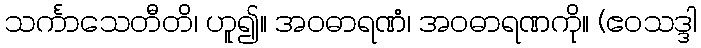
သင်္ကာသေတီတိ၊ ဟူ၍။ အဝဓာရဏံ၊ အဝဓာရဏကို။ (ဧဝသဒ္ဒါ